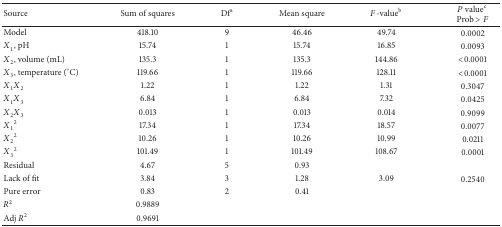
<table><thead><tr><td><b>Source</b></td><td><b>Sum of squares</b></td><td><b>Df<sup>a</sup></b></td><td><b>Mean square</b></td><td><b><i>F</i>-value<sup>b</sup></b></td><td><b><i>P</i> value<sup>c</sup> Prob &gt; <i>F</i></b></td></tr></thead><tbody><tr><td>Model</td><td>418.10</td><td>9</td><td>46.46</td><td>49.74</td><td>0.0002</td></tr><tr><td><i>X</i><sub>1</sub>, pH</td><td>15.74</td><td>1</td><td>15.74</td><td>16.85</td><td>0.0093</td></tr><tr><td><i>X</i><sub>2</sub>, volume (mL)</td><td>135.3</td><td>1</td><td>135.3</td><td>144.86</td><td>&lt;0.0001</td></tr><tr><td><i>X</i><sub>3</sub>, temperature (°C)</td><td>119.66</td><td>1</td><td>119.66</td><td>128.11</td><td>&lt;0.0001</td></tr><tr><td><i>X</i><sub>1</sub><i>X</i><sub>2</sub></td><td>1.22</td><td>1</td><td>1.22</td><td>1.31</td><td>0.3047</td></tr><tr><td><i>X</i><sub>1</sub><i>X</i><sub>3</sub></td><td>6.84</td><td>1</td><td>6.84</td><td>7.32</td><td>0.0425</td></tr><tr><td><i>X</i><sub>2</sub><i>X</i><sub>3</sub></td><td>0.013</td><td>1</td><td>0.013</td><td>0.014</td><td>0.9099</td></tr><tr><td><i>X</i><sub>1</sub><sup>2</sup></td><td>17.34</td><td>1</td><td>17.34</td><td>18.57</td><td>0.0077</td></tr><tr><td><i>X</i><sub>2</sub><sup>2</sup></td><td>10.26</td><td>1</td><td>10.26</td><td>10.99</td><td>0.0211</td></tr><tr><td><i>X</i><sub>3</sub><sup>2</sup></td><td>101.49</td><td>1</td><td>101.49</td><td>108.67</td><td>0.0001</td></tr><tr><td>Residual</td><td>4.67</td><td>5</td><td>0.93</td><td> </td><td> </td></tr><tr><td>Lack of fit</td><td>3.84</td><td>3</td><td>1.28</td><td>3.09</td><td>0.2540</td></tr><tr><td>Pure error</td><td>0.83</td><td>2</td><td>0.41</td><td> </td><td> </td></tr><tr><td><i>R</i><sup>2</sup></td><td>0.9889</td><td> </td><td> </td><td> </td><td> </td></tr><tr><td>Adj <i>R</i><sup>2</sup></td><td>0.9691</td><td> </td><td> </td><td> </td><td> </td></tr></tbody></table>